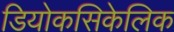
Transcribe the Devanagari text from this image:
डियोकसिकेलिक